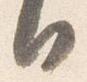
日